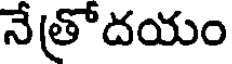
నేత్రోదయం